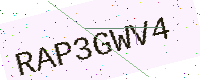
Text: RAP3GWV4